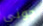
جوني